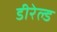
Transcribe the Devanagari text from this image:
डीरेल्ड